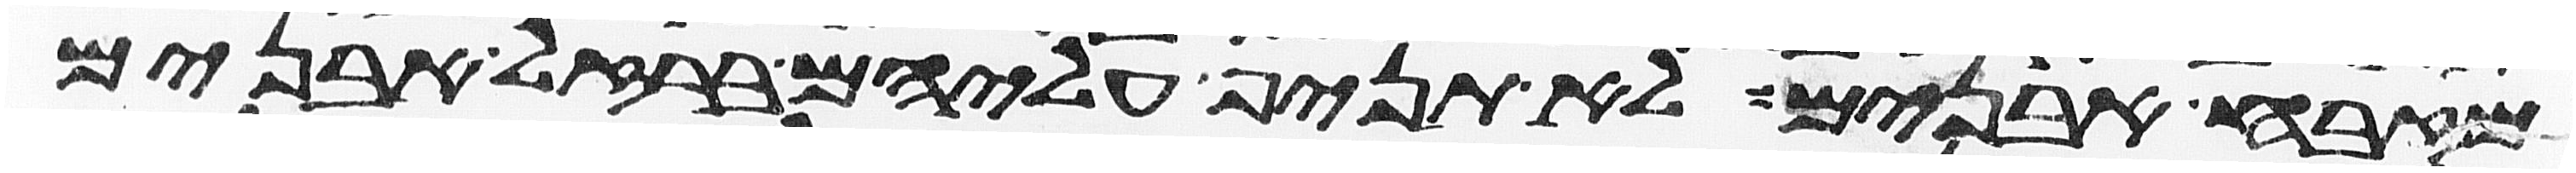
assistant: מזבח אבנים לא תניף עליהם ברזל אבנים